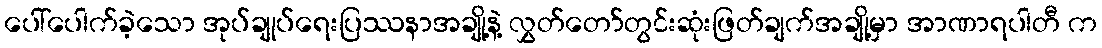
ပေါ်ပေါက်ခဲ့သော အုပ်ချုပ်ရေးပြဿနာအချို့နဲ့ လွှတ်တော်တွင်းဆုံးဖြတ်ချက်အချို့မှာ အာဏာရပါတီ က